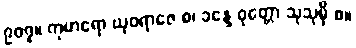
၉၀၇။ ကုမာရော ယုဝရာဇေ စ၊ ခန္ဒေ ဝုတ္တော သုသုမှိ စ။